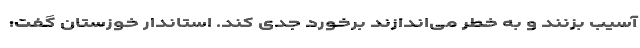
آسیب بزنند و به خطر می‌اندازند برخورد جدی کند. استاندار خوزستان گفت: